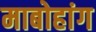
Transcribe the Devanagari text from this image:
माबोहांग